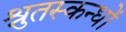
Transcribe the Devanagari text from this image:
श्रुतस्कन्धों